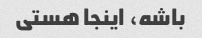
باشه، اینجا هستی